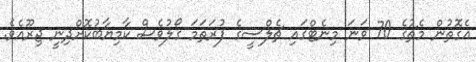
އެގޮތުން މެޗުގެ 70 ވަނަ މިނެޓްގައި ޗެލްސީގެ ފުރަތަމަ ގޯލުވެސް ކާމިޔާބުކޮށްދިނީ ޖިރޫއެވެ.